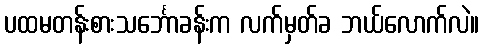
ပထမတန်းစားသင်္ဘောခန်းက လက်မှတ်ခ ဘယ်လောက်လဲ။